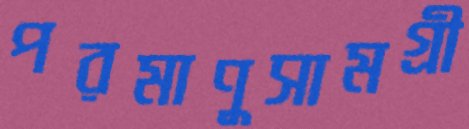
পরমাণুসামগ্রী